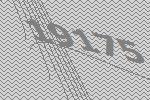
19175